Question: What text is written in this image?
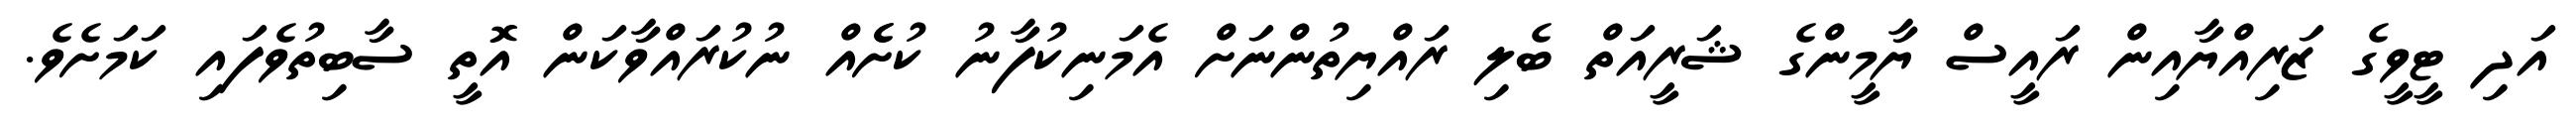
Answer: އަދި ޓީވީގެ ޒަރިއްޔާއިން ރައީސް ޔާމީންގެ ޝަރީއަތް ބެލި ރައްޔިތުންނަށް އެމަނިކުފާނު ކުށެެއް ނުކުރައްވާކަން އޮތީ ސާބިތުވެފައި ކަމަށެވެ.